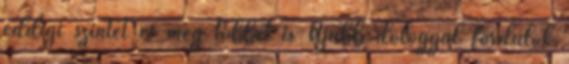
eddigi szintet és még többet is Újabb dologgal fordulok